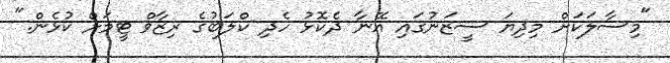
"މިސާލަކަށް މިދިޔަ ސީޒަނުގައި އޭނާ ދެކޮޅު ހެދި ކްލަބުގެ ރިޒާވް ޓީމަށް ކުޅެން."